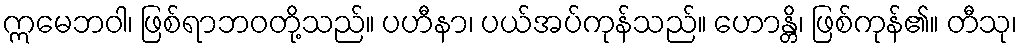
ဣမေဘဝါ၊ ဖြစ်ရာဘဝတို့သည်။ ပဟီနာ၊ ပယ်အပ်ကုန်သည်။ ဟောန္တိ၊ ဖြစ်ကုန်၏။ တီသု၊